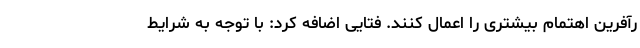
رآفرین اهتمام بیشتری را اعمال کنند. فتایی اضافه کرد: با توجه به شرایط